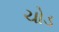
ચોડ